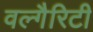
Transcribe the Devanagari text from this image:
वल्गैरिटी